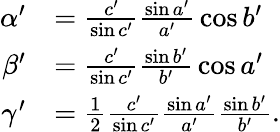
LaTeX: {\begin{array}{rl}{\alpha^{\prime}}&{={\frac{c^{\prime}}{\sin c^{\prime}}}{\frac{\sin a^{\prime}}{a^{\prime}}}\cos b^{\prime}}\\ {\beta^{\prime}}&{={\frac{c^{\prime}}{\sin c^{\prime}}}{\frac{\sin b^{\prime}}{b^{\prime}}}\cos a^{\prime}}\\ {\gamma^{\prime}}&{={\frac{1}{2}}{\frac{c^{\prime}}{\sin c^{\prime}}}{\frac{\sin a^{\prime}}{a^{\prime}}}{\frac{\sin b^{\prime}}{b^{\prime}}}.}\end{array}}